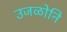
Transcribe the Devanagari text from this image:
उजळोनि